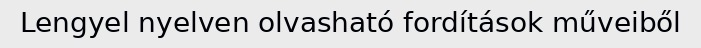
Lengyel nyelven olvasható fordítások műveiből